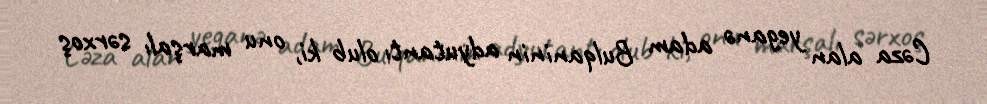
Cəza alan yeganə adam Bulqaninin adyutantı olub ki, onu marşalı sərxoş